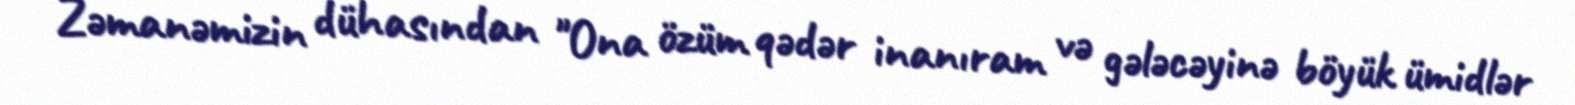
Zəmanəmizin dühasından "Ona özüm qədər inanıram və gələcəyinə böyük ümidlər